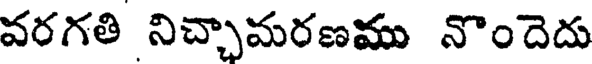
వరగతి నిచ్చామరణము నొందెదు